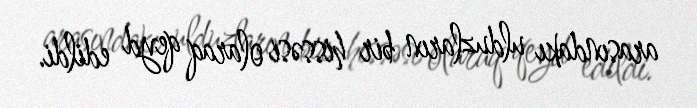
arasındakı ulduzların bir hissəsi olaraq qeyd edildi.